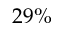
2 9 \%